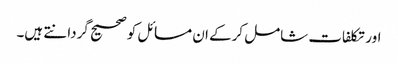
اور تکلفات شامل کرکے ان مسائل کو صحیح گردانتے ہیں۔